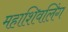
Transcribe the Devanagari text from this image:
महाशिवलिंग